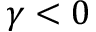
\gamma < 0